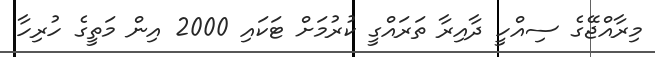
މިރާއްޖޭގެ ސިއްހީ ދާއިރާ ތަރައްގީ ކުރުމަށް ޓަކައި 2000 އިން މަތީގެ ހުރިހާ